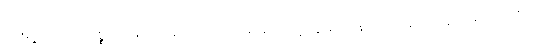
မင်းရဲ့ ကိုယ်ပိုင်ဥစ္စာအဖြစ် သိမ်းဆည်းထားဖို့၊ မင်းရတဲ့ငွေသည် နည်းချင်နည်းနေလိမ့်မယ်၊ သို့သော်